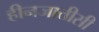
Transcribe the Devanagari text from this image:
हीनजातीसी